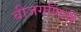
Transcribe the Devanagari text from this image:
बीजगणिती